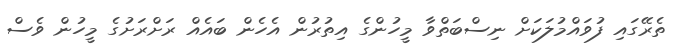
ތެރޭގައި ފުވައްމުލަކަށް ނިސްބަތްވާ މީހުންގެ އިތުރުން އެހެން ބައެއް ރަށްރަށުގެ މީހުން ވެސް